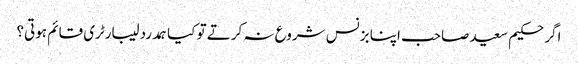
اگر حکیم سعید صاحب اپنا بزنس شروع نہ کرتے تو کیا ہمدرد لیبارٹری قائم ہوتی؟